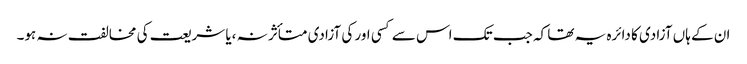
ان کے ہاں آزادی کا دائرہ یہ تھا کہ جب تک اس سے کسی اور کی آزادی متأثر نہ ،یا شریعت کی مخالفت نہ ہو۔